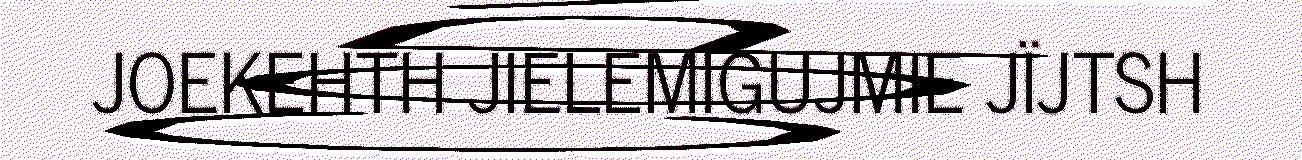
JOEKEHTH JIELEMIGUJMIE JÏJTSH